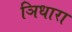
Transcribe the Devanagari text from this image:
ञिधारा